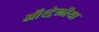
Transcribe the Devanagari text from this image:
ऑस्ट्रेलीया